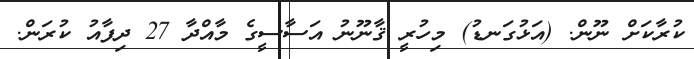
ކުރާކަށް ނޫން. (އަޅުގަނޑު) މިހުރީ ޤާނޫނު އަސާސީގެ މާއްދާ 27 ދިފާއު ކުރަން.